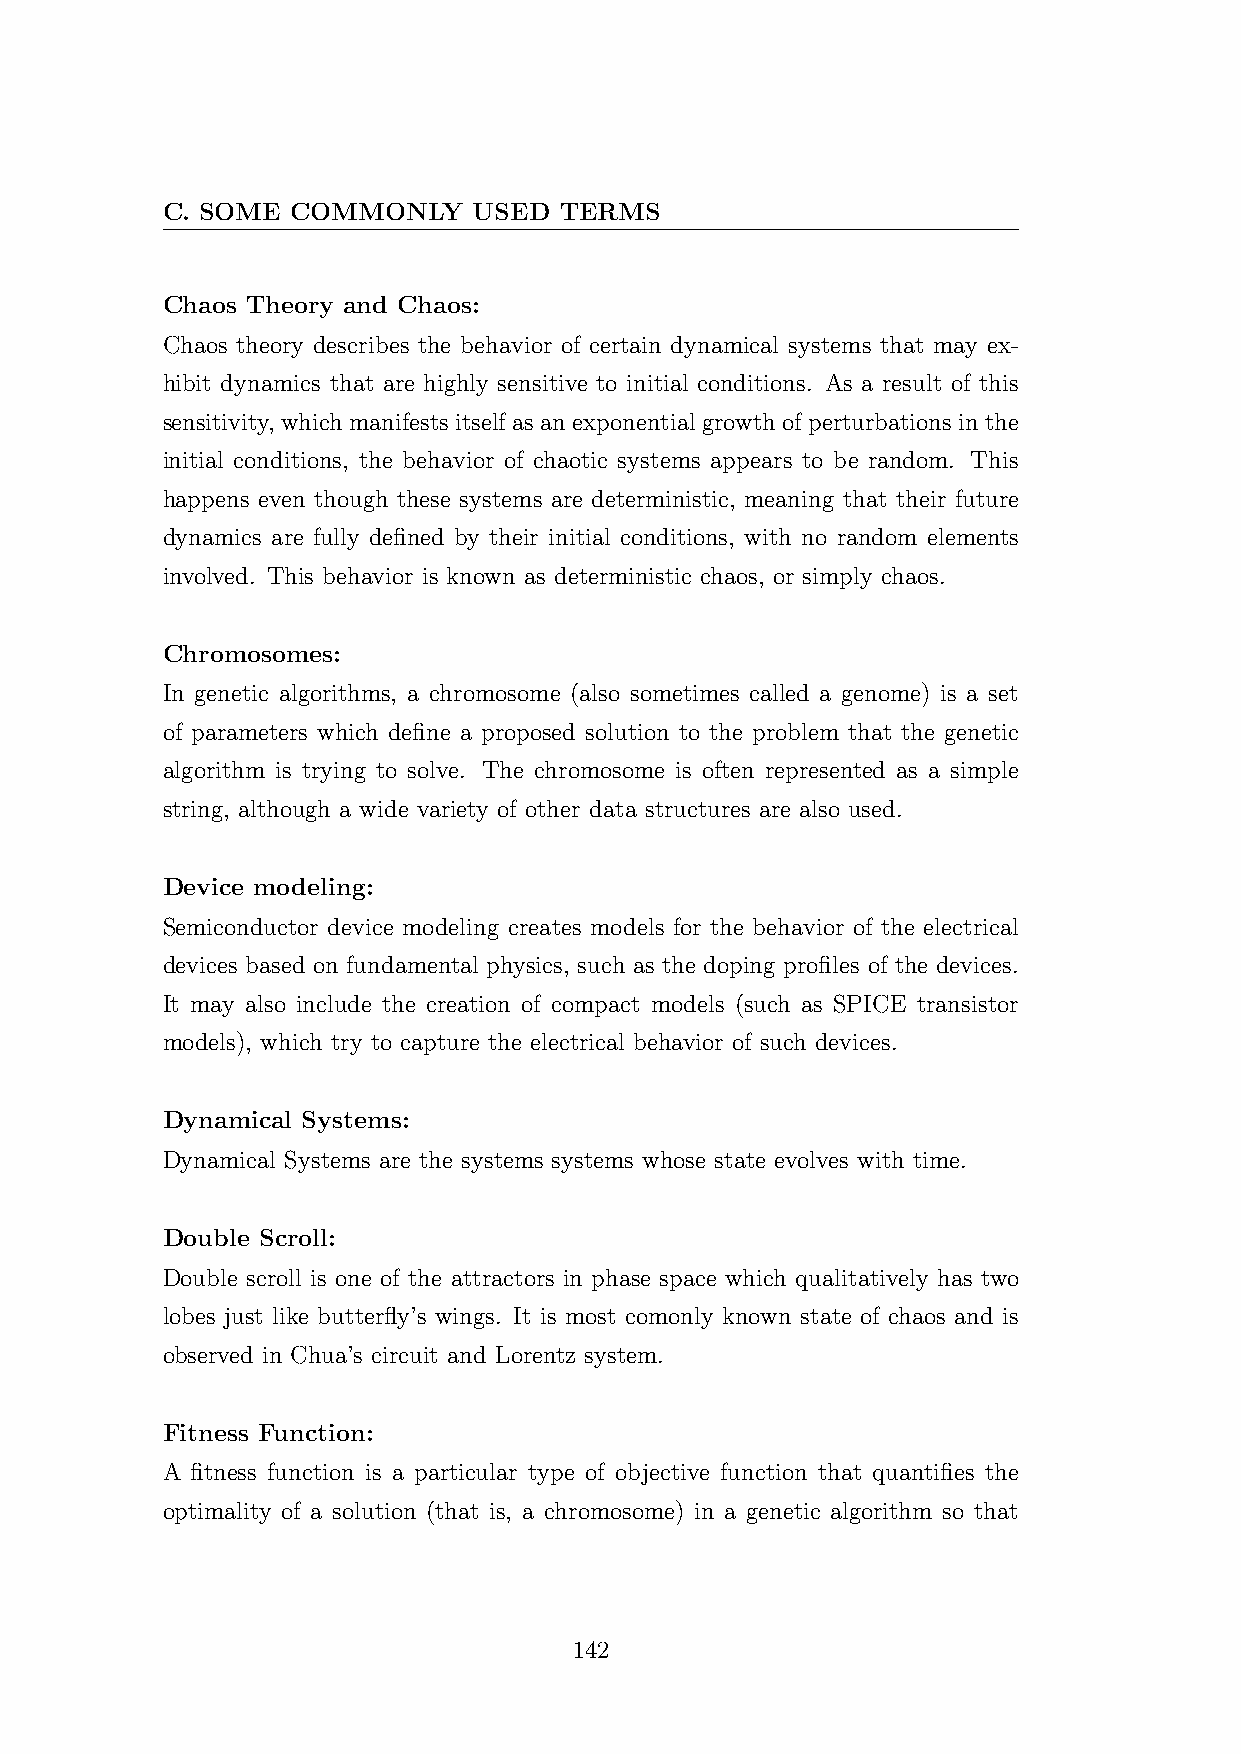
C. SOME COMMONLY    USED  TERMS
 Chaos Theory and Chaos:
 Chaos theory describes the behavior of certain dynamical systems that may ex-
 hibit dynamics that are highly sensitive to initial conditions. As a result of this
 sensitivity, whichmanifestsitselfasanexponentialgrowthofperturbationsinthe
 initial conditions, the behavior of chaotic systems appears to be random. This
 happens even though these systems are deterministic, meaning that their future
 dynamics are fully defined by their initial conditions, with no random elements
 involved. This behavior is known as deterministic chaos, or simply chaos.
 Chromosomes:
 In genetic algorithms, a chromosome (also sometimes called a genome) is a set
 of parameters which define a proposed solution to the problem that the genetic
 algorithm is trying to solve. The chromosome is often represented as a simple
 string, although a wide variety of other data structures are also used.
 Device modeling:
 Semiconductor device modeling creates models for the behavior of the electrical
 devices based on fundamental physics, such as the doping profiles of the devices.
 It may also include the creation of compact models (such as SPICE transistor
 models), which try to capture the electrical behavior of such devices.
 Dynamical Systems:
 Dynamical Systems are the systems systems whose state evolves with time.
 Double Scroll:
 Double scroll is one of the attractors in phase space which qualitatively has two
 lobes just like butterfly’s wings. It is most comonly known state of chaos and is
 observed in Chua’s circuit and Lorentz system.
 Fitness Function:
 A fitness function is a particular type of objective function that quantifies the
 optimality of a solution (that is, a chromosome) in a genetic algorithm so that
 142